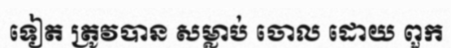
ទៀត ត្រូវបាន សម្លាប់ ចោល ដោយ ពួក